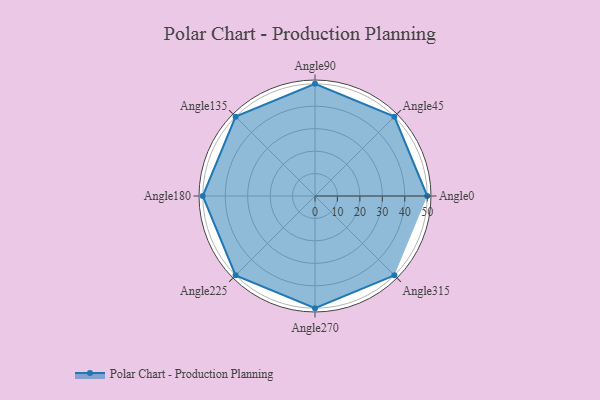
{"axis": {"x": "Angle", "y": "Radius"}, "legend": [""], "data": [{"x": "Angle0", "y": 50, "type": ""}, {"x": "Angle45", "y": 50, "type": ""}, {"x": "Angle90", "y": 50, "type": ""}, {"x": "Angle135", "y": 50, "type": ""}, {"x": "Angle180", "y": 50, "type": ""}, {"x": "Angle225", "y": 50, "type": ""}, {"x": "Angle270", "y": 50, "type": ""}, {"x": "Angle315", "y": 50, "type": ""}]}